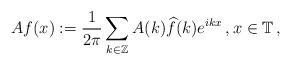
LaTeX: \begin{align*}Af(x):=\frac{1}{2\pi}\sum\limits_{k\in\mathbb Z}A(k)\widehat{f}(k)e^{ikx}\,,x\in\mathbb T\,,\end{align*}